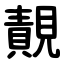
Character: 䚍